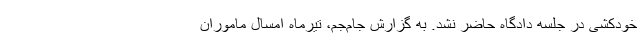
خودکشی در جلسه دادگاه حاضر نشد. به گزارش جام‌جم، تیر‌ماه امسال ماموران